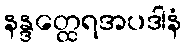
နန္ဒတ္ထေရအပဒါနံ